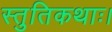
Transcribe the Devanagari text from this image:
स्तुतिकथाः।